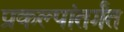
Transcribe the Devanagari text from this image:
प्रकल्पांतर्गंत